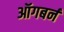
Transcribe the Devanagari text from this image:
ऑगबर्न